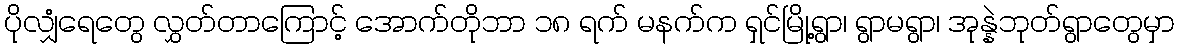
ပိုလျှံရေတွေ လွှတ်တာကြောင့် အောက်တိုဘာ ၁၈ ရက် မနက်က ရှင်မြို့ရွာ၊ ရွာမရွာ၊ အုန္နဲဘုတ်ရွာတွေမှာ